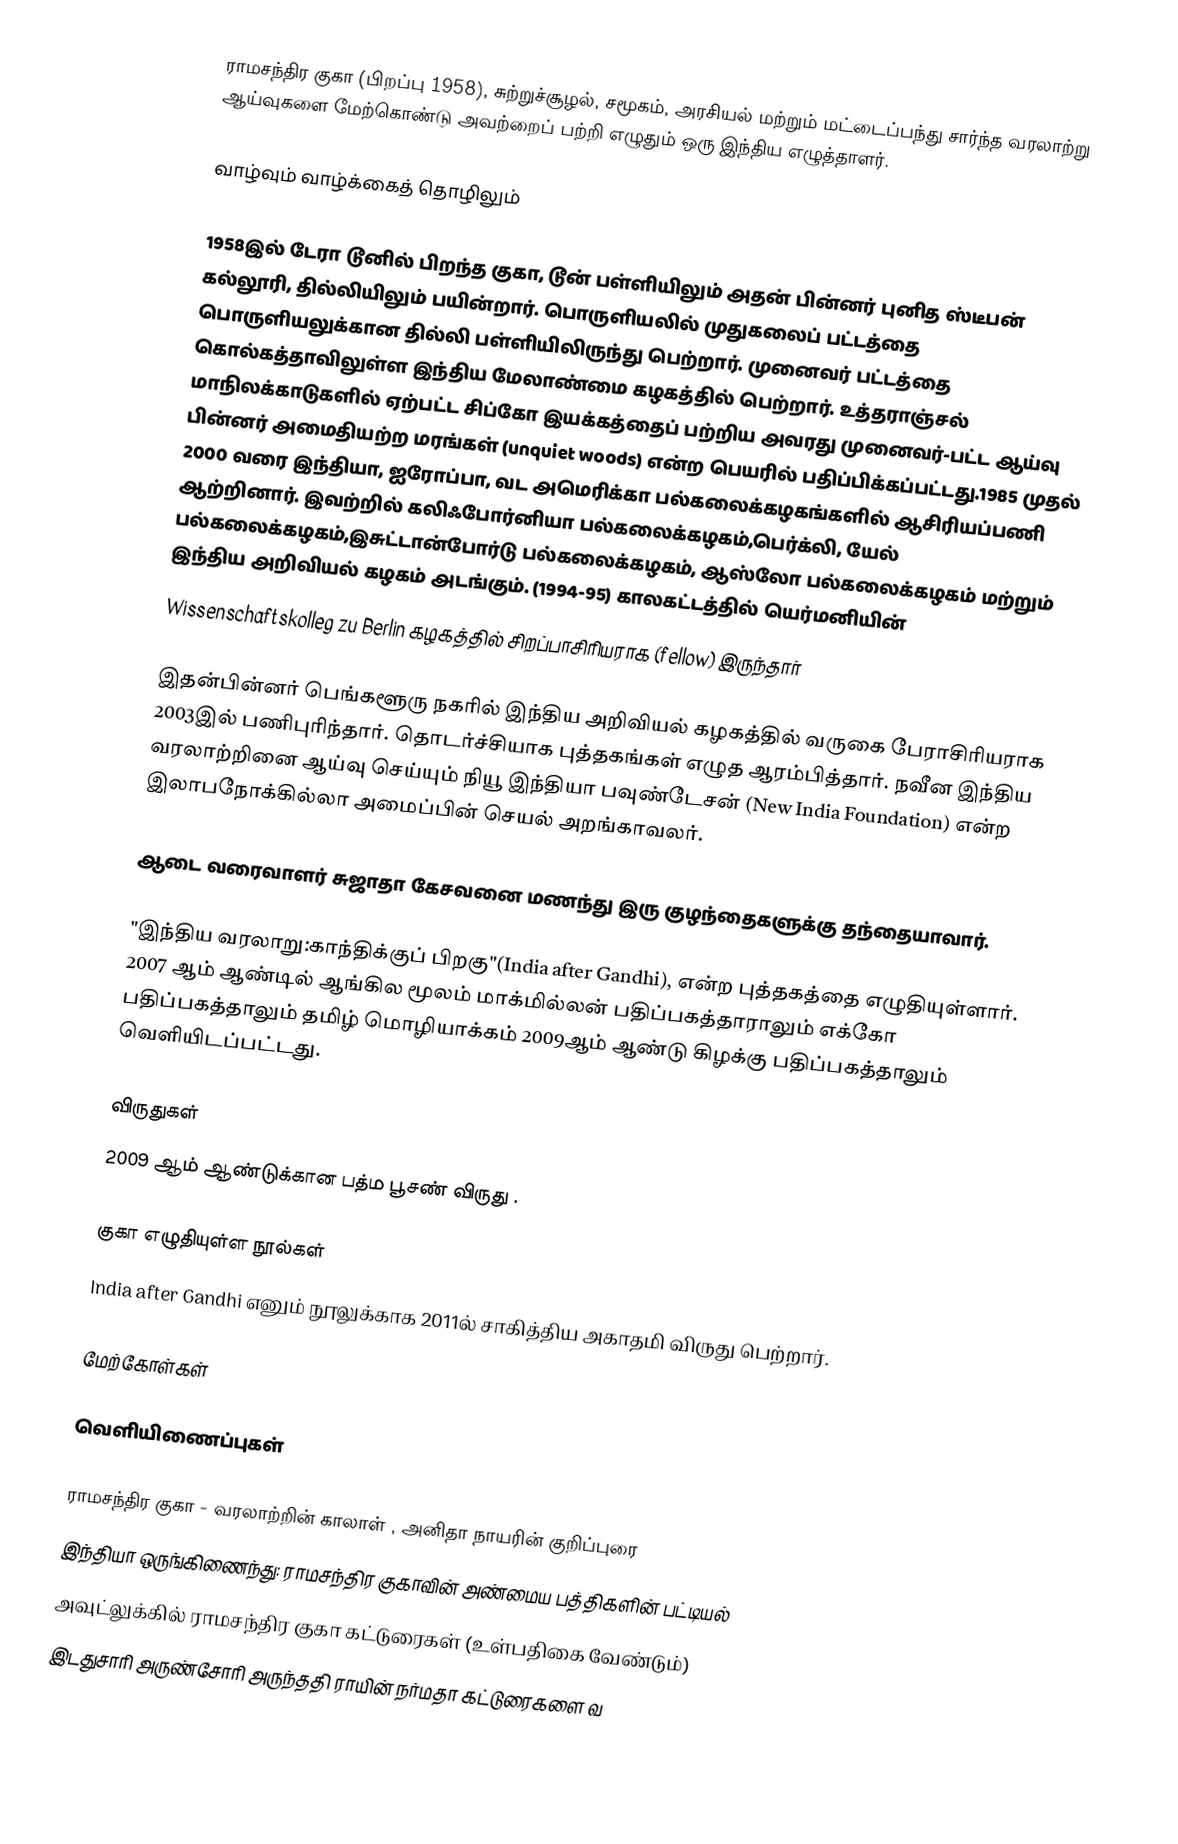
ராமசந்திர குகா (பிறப்பு 1958), சுற்றுச்சூழல், சமூகம், அரசியல் மற்றும் மட்டைப்பந்து சார்ந்த வரலாற்று ஆய்வுகளை மேற்கொண்டு அவற்றைப் பற்றி எழுதும் ஒரு இந்திய எழுத்தாளர்.

வாழ்வும் வாழ்க்கைத் தொழிலும்

1958இல் டேரா டூனில் பிறந்த குகா, டூன் பள்ளியிலும் அதன் பின்னர் புனித ஸ்டீபன் கல்லூரி, தில்லியிலும் பயின்றார். பொருளியலில் முதுகலைப் பட்டத்தை பொருளியலுக்கான தில்லி பள்ளியிலிருந்து பெற்றார். முனைவர் பட்டத்தை கொல்கத்தாவிலுள்ள இந்திய மேலாண்மை கழகத்தில் பெற்றார். உத்தராஞ்சல் மாநிலக்காடுகளில் ஏற்பட்ட சிப்கோ இயக்கத்தைப் பற்றிய அவரது முனைவர்-பட்ட ஆய்வு பின்னர் அமைதியற்ற மரங்கள் (unquiet woods) என்ற பெயரில் பதிப்பிக்கப்பட்டது.1985 முதல் 2000 வரை இந்தியா, ஐரோப்பா, வட அமெரிக்கா பல்கலைக்கழகங்களில் ஆசிரியப்பணி ஆற்றினார். இவற்றில் கலிஃபோர்னியா பல்கலைக்கழகம்,பெர்க்லி, யேல் பல்கலைக்கழகம்,இசுட்டான்போர்டு பல்கலைக்கழகம், ஆஸ்லோ பல்கலைக்கழகம் மற்றும் இந்திய அறிவியல் கழகம் அடங்கும். (1994-95) காலகட்டத்தில் யெர்மனியின்
Wissenschaftskolleg zu Berlin கழகத்தில் சிறப்பாசிரியராக (fellow) இருந்தார்

இதன்பின்னர் பெங்களூரு நகரில் இந்திய அறிவியல் கழகத்தில் வருகை பேராசிரியராக 2003இல் பணிபுரிந்தார். தொடர்ச்சியாக புத்தகங்கள் எழுத ஆரம்பித்தார். நவீன இந்திய வரலாற்றினை ஆய்வு செய்யும் நியூ இந்தியா பவுண்டேசன் (New India Foundation) என்ற இலாபநோக்கில்லா அமைப்பின் செயல் அறங்காவலர்.

ஆடை வரைவாளர்  சுஜாதா கேசவனை மணந்து இரு குழந்தைகளுக்கு தந்தையாவார்.

"இந்திய வரலாறு:காந்திக்குப் பிறகு"(India after Gandhi), என்ற புத்தகத்தை  எழுதியுள்ளார். 2007 ஆம் ஆண்டில் ஆங்கில மூலம் மாக்மில்லன் பதிப்பகத்தாராலும் எக்கோ பதிப்பகத்தாலும் தமிழ் மொழியாக்கம் 2009ஆம் ஆண்டு கிழக்கு பதிப்பகத்தாலும் வெளியிடப்பட்டது.

விருதுகள்
2009 ஆம் ஆண்டுக்கான பத்ம பூசண் விருது .

குகா எழுதியுள்ள நூல்கள்
 India after Gandhi எனும் நூலுக்காக 2011ல் சாகித்திய அகாதமி விருது பெற்றார்.

மேற்கோள்கள்

வெளியிணைப்புகள்

 ராமசந்திர குகா - வரலாற்றின் காலாள் , அனிதா நாயரின் குறிப்புரை
 இந்தியா ஒருங்கிணைந்து: ராமசந்திர குகாவின் அண்மைய பத்திகளின் பட்டியல்
 அவுட்லுக்கில் ராமசந்திர குகா கட்டுரைகள் (உள்பதிகை வேண்டும்)
 இடதுசாரி அருண்சோரி  அருந்ததி ராயின் நர்மதா கட்டுரைகளை வ